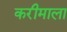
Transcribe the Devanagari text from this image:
करीमाला